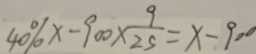
4 0 \% x - 9 0 0 \times \frac { 9 } { 2 5 } = x - 9 0 0